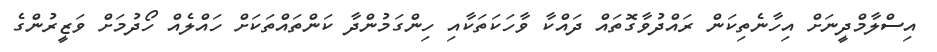
އިސްލާމްދީނަށް އިހާނެތިކަން ރައްދުވާގޮތައް ދައްކާ ވާހަކަތަކާއި ހިންގަމުންދާ ކަންތައްތަކަށް ހައްލެއް ހޯދުމަށް ވަޒީރުންގެ